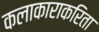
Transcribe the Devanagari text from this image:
कलाकाराकरिता